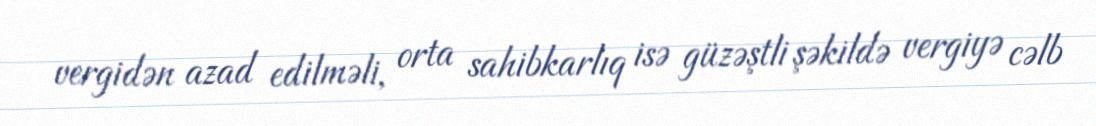
vergidən azad edilməli, orta sahibkarlıq isə güzəştli şəkildə vergiyə cəlb